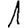
Digit: 1